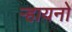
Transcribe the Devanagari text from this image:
ऱ्हायनो